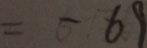
= - 6 9